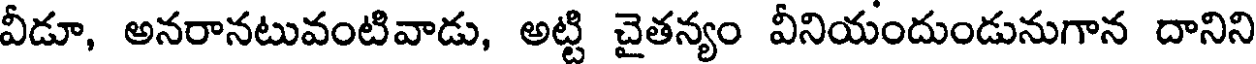
వీడూ, అనరానటువంటివాడు, అట్టి చైతన్యం వీనియందుండునుగాన దానిని